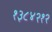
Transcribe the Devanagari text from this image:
१३८४२१२